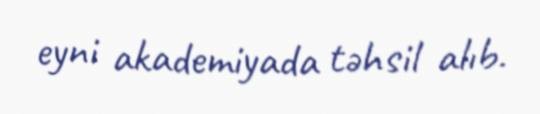
eyni akademiyada təhsil alıb.